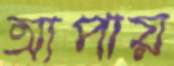
আপায়